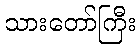
သားတော်ကြီး